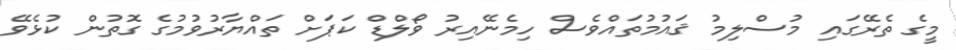
މީގެ ތެރޭގައި މުސްލިމު ޤައުމުތައްވެސް ހިމެނޭއިރު ވޯލްޑް ކަޕަށް ތައްޔާރުވުމުގެ ގޮތުން ކުޅެވޭ